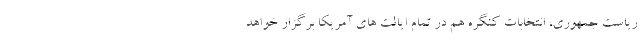
ریاست جمهوری، انتخابات کنگره هم در تمام ایالت های آمریکا برگزار خواهد